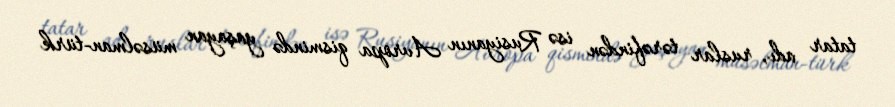
tatar adı, ruslar tərəfindən isə Rusiyanın Avropa qismində yaşayan müsəlman-türk